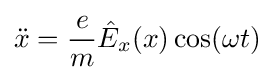
{\ddot {x}}={\frac {e}{m}}{\hat {E}}_{x}(x)\cos(\omega t)